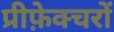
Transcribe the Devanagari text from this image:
प्रीफ़ेक्चरों